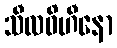
သီလဝိဟီနော